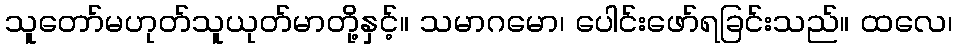
သူတော်မဟုတ်သူယုတ်မာတို့နှင့်။ သမာဂမော၊ ပေါင်းဖော်ရခြင်းသည်။ ထလေ၊